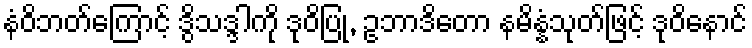
နံဝိဘတ်ကြောင့် ဒွိသဒ္ဒါကို ဒုဝိပြု, ဥဘာဒိတော နမိန္နံသုတ်ဖြင့် ဒုဝိနောင်